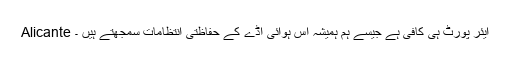
Alicante ایئر پورٹ ہی کافی ہے جیسے ہم ہمیشہ اس ہوائی اڈے کے حفاظتی انتظامات سمجھتے ہیں ۔